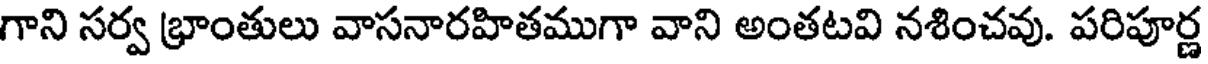
గాని సర్వ భ్రాంతులు వాసనారహితముగా వాని అంతటవి నశించవు. పరిపూర్ణ